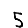
Digit: 5